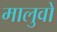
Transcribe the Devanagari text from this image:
मालुवो